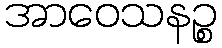
အာဝေသနဉ္စ